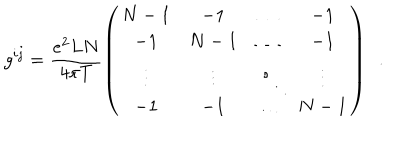
g ^ { i j } = \frac { e ^ { 2 } L N } { 4 \pi T } \left( \begin{matrix} { { N - 1 } } & { { - 1 } } & { { \ldots } } & { { - 1 } } \\ { { - 1 } } & { { N - 1 } } & { { \ldots } } & { { - 1 } } \\ { { \vdots } } & { { \vdots } } & { { \ddots } } & { { \vdots } } \\ { { - 1 } } & { { - 1 } } & { { \ldots } } & { { N - 1 } } \\ \end{matrix} \right) \ \ .